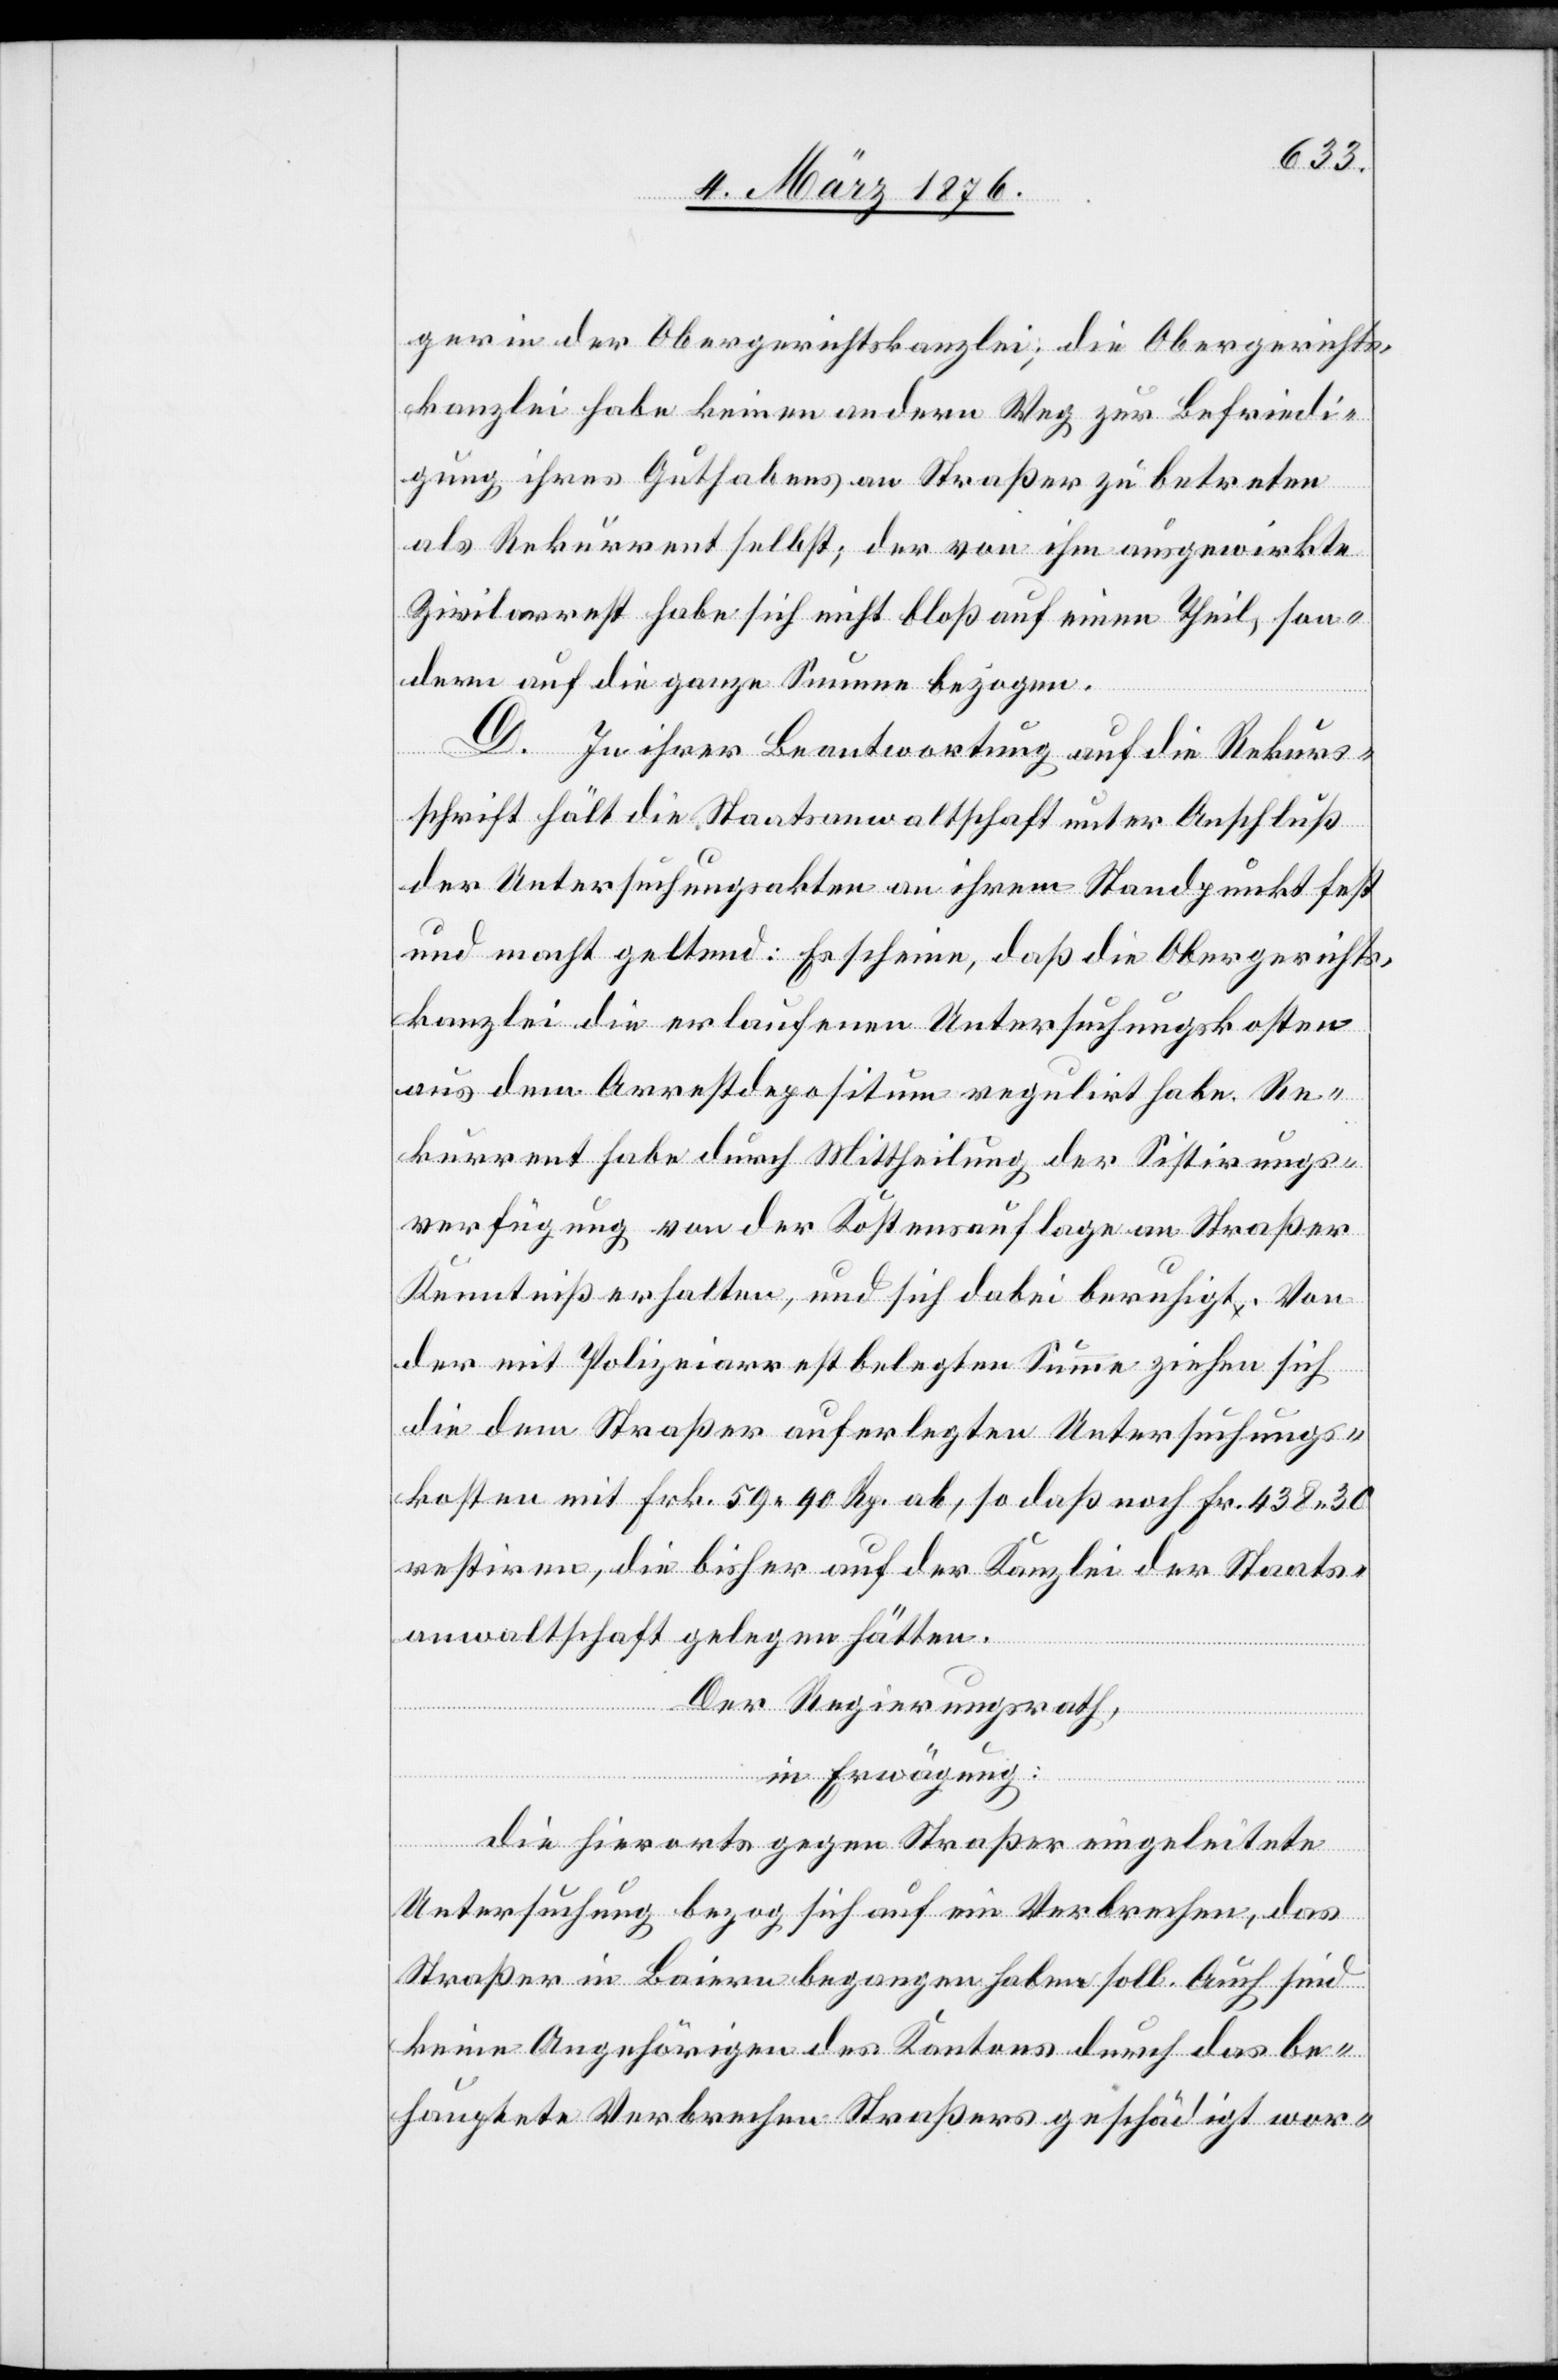
gerin der Obergerichtskanzlei; die Obergerichts¬
kanzlei habe keinen andern Weg zur Befriedi¬
gung ihres Guthabens an Straßer zu betreten
als Rekurrent selbst; der von ihm ausgewirkte
Zivilarrest habe sich nicht bloß auf einen Theil, son¬
dern auf die ganze Summe bezogen.
D. In ihrer Beantwortung auf die Rekurs¬
schrift hält die Staatsanwaltschaft unter Anschluß
der Untersuchungsakten an ihrem Standpunk fest
und macht geltend: Es scheine, daß die Obergerichts¬
kanzlei die erlaufenen Untersuchungskosten
aus dem Arrestdepositum regulirt habe. Re¬
kurrent habe durch Mittheilung der Sistirungs¬
verfügung von der Kostensauflage an Straßer
Kenntniß erhalten, und sich dabei beruhigt. Von
der mit Polizeiarrest belegten Summe ziehen sich
die dem Straßer auferlegten Untersuchungs¬
kosten mit Frk. 59 90 Rp. ab, so daß noch Fr. 438 30
restiren, die bisher auf der Kanzlei der Staats¬
anwaltschaft gelegen hätten.
Der Regierungsrath,
in Erwägung:
die hierorts gegen Straßer eingeleitete
Untersuchung bezog sich auf ein Verbrechen, das
Straßer in Baiern begangen haben soll. Auch sind
keine Angehörigen des Kantons durch das be¬
hauptete Verbrechen Straßers geschädigt wor-